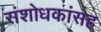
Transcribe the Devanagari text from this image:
संशोधकांसह